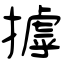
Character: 摢